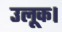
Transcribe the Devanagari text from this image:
उलूक।